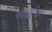
એસાગિલ